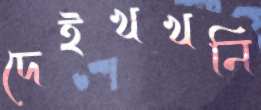
দেইখখনি